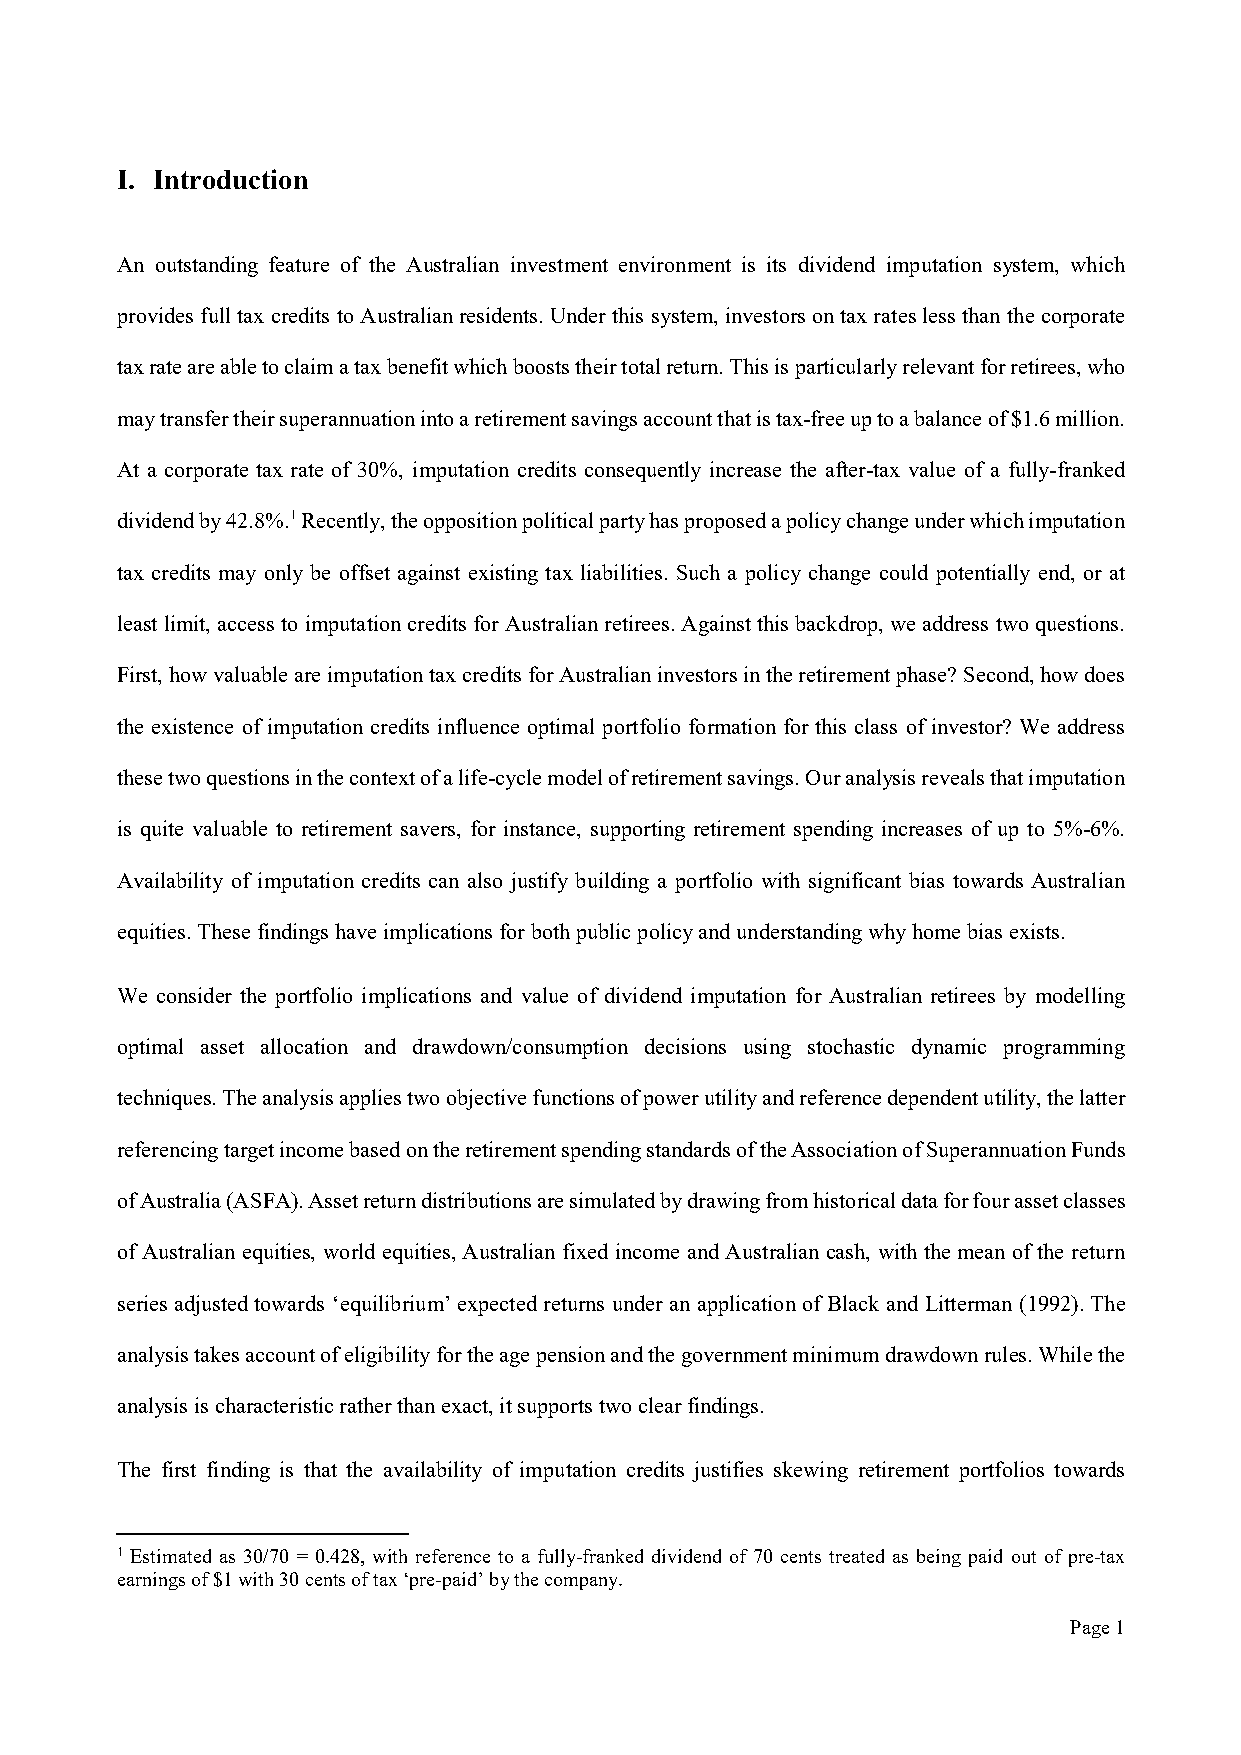
I. Introduction
 An outstanding feature of the Australian investment environment is its dividend imputation system, which
 provides full tax credits to Australian residents. Under this system, investors on tax rates less than the corporate
 tax rate are able to claim a tax benefit which boosts their total return. This is particularly relevant for retirees, who
 may transfer their superannuation into a retirement savings account that is tax-free up to a balance of $1.6 million.
 At a corporate tax rate of 30%, imputation credits consequently increase the after-tax value of a fully-franked
 dividend by 42.8%.1 Recently, the opposition political party has proposed a policy change under which imputation
 tax credits may only be offset against existing tax liabilities. Such a policy change could potentially end, or at
 least limit, access to imputation credits for Australian retirees. Against this backdrop, we address two questions.
 First, how valuable are imputation tax credits for Australian investors in the retirement phase? Second, how does
 the existence of imputation credits influence optimal portfolio formation for this class of investor? We address
 these two questions in the context of a life-cycle model of retirement savings. Our analysis reveals that imputation
 is quite valuable to retirement savers, for instance, supporting retirement spending increases of up to 5%-6%.
 Availability of imputation credits can also justify building a portfolio with significant bias towards Australian
 equities. These findings have implications for both public policy and understanding why home bias exists.
 We consider the portfolio implications and value of dividend imputation for Australian retirees by modelling
 optimal asset allocation and drawdown/consumption decisions using stochastic dynamic programming
 techniques. The analysis applies two objective functions of power utility and reference dependent utility, the latter
 referencing target income based on the retirement spending standards of the Association of Superannuation Funds
 of Australia (ASFA). Asset return distributions are simulated by drawing from historical data for four asset classes
 of Australian equities, world equities, Australian fixed income and Australian cash, with the mean of the return
 series adjusted towards ‘equilibrium’ expected returns under an application of Black and Litterman (1992). The
 analysis takes account of eligibility for the age pension and the government minimum drawdown rules. While the
 analysis is characteristic rather than exact, it supports two clear findings.
 The first finding is that the availability of imputation credits justifies skewing retirement portfolios towards
 1 Estimated as 30/70 = 0.428, with reference to a fully-franked dividend of 70 cents treated as being paid out of pre-tax
 earnings of $1 with 30 cents of tax ‘pre-paid’ by the company.
 Page 1